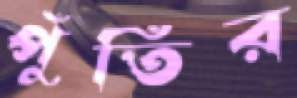
পুঁতির